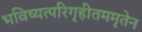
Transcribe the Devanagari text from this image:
भविष्यत्परिगृहीतममृतेन